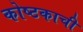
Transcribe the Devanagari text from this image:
कोष्टकाची